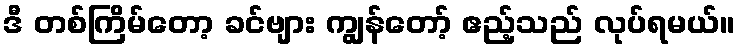
ဒီ တစ်ကြိမ်တော့ ခင်ဗျား ကျွန်တော့် ဧည့်သည် လုပ်ရမယ်။